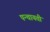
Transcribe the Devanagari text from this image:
पन्चायती